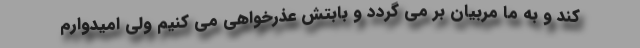
کند و به ما مربیان بر می گردد و بابتش عذر‌خواهی می کنیم ولی امیدوارم